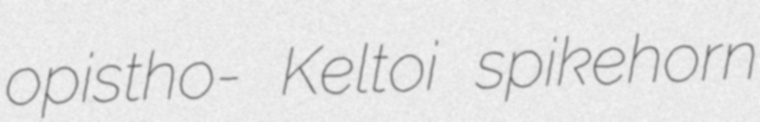
opistho- Keltoi spikehorn